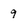
Character: 9